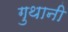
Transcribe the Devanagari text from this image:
गुथानी